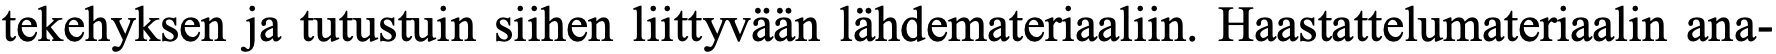
tekehyksen ja tutustuin siihen liittyvään lähdemateriaaliin. Haastattelumateriaalin ana-